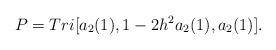
LaTeX: \begin{align*} P = Tri[ a_2(1), 1 - 2h^2 a_2(1) ,a_2(1) ].\end{align*}